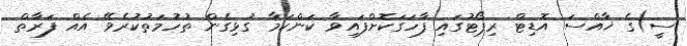
ސީ)ގެ ޚާއްސަ އޮޑިޓް ރިޕޯޓުގައި ފާހަގަކޮށްފައިވާ ކަންކަމާ ގުޅިގެން ތުހުމަތުކުރެވޭ އެއް ފަރާތް